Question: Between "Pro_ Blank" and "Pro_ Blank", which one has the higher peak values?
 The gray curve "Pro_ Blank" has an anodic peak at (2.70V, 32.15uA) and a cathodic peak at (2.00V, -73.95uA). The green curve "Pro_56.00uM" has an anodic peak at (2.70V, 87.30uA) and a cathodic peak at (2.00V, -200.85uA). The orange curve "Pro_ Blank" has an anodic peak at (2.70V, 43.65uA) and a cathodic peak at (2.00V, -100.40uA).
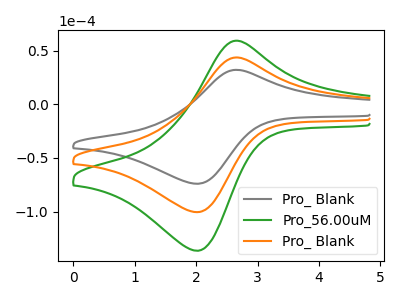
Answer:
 <answer>Every peak in "Pro_ Blank" is lower than every peak in "Pro_ Blank".</answer>
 <eval>lower</eval>